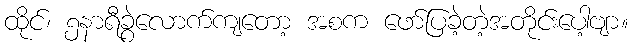
ထိုင်၊ ၅နာရီခွဲလောက်ကျတော့ အစက ဖော်ပြခဲ့တဲ့အတိုင်းပေါ့ဗျာ။